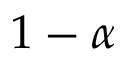
1 - \alpha